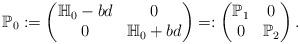
LaTeX: \begin{align*}\mathbb{P}_{0} := \begin{pmatrix} \mathbb{H}_{0} - bd & 0 \\ 0 & \mathbb{H}_{0} + bd\end{pmatrix} =: \begin{pmatrix} \mathbb{P}_{1} & 0 \\ 0 & \mathbb{P}_{2}\end{pmatrix}.\end{align*}